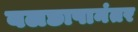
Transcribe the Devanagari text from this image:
बलछापानंतर